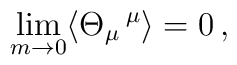
\lim_{m\to 0} \langle \Theta_\mu\,^\mu\rangle =0\, ,